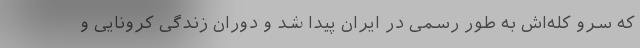
که سرو کله‌اش به طور رسمی در ایران پیدا شد و دوران زندگی کرونایی و